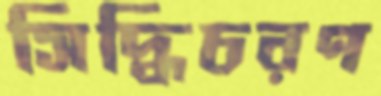
সিদ্ধিচরণ